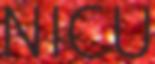
NICU